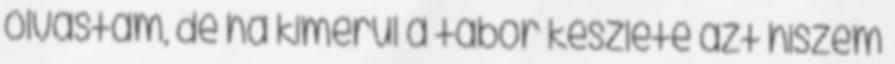
olvastam, de ha kimerül a tábor készlete azt hiszem